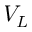
V _ { L }